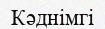
Кәднімгі